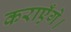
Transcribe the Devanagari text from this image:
कराएँगे।